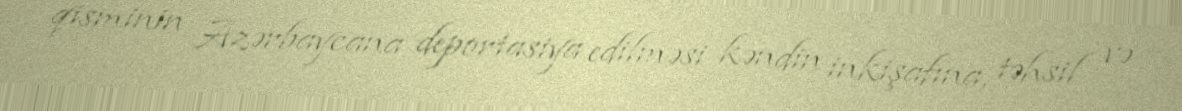
qisminin Azərbaycana deportasiya edilməsi kəndin inkişafına, təhsil və